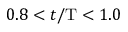
0 . 8 < t / \mathrm { T } < 1 . 0